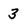
Character: 3